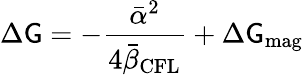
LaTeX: \Delta\mathsf{G}=-\frac{{{\bar{{\alpha}}}^{2}}}{{4{\bar{{\beta}}}_{\mathrm{{CFL}}}}}+\Delta\mathsf{G}_{\mathrm{{mag}}}